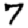
Digit: 7